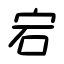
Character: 宕